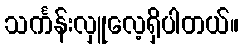
သင်္ကန်းလှူလေ့ရှိပါတယ်။